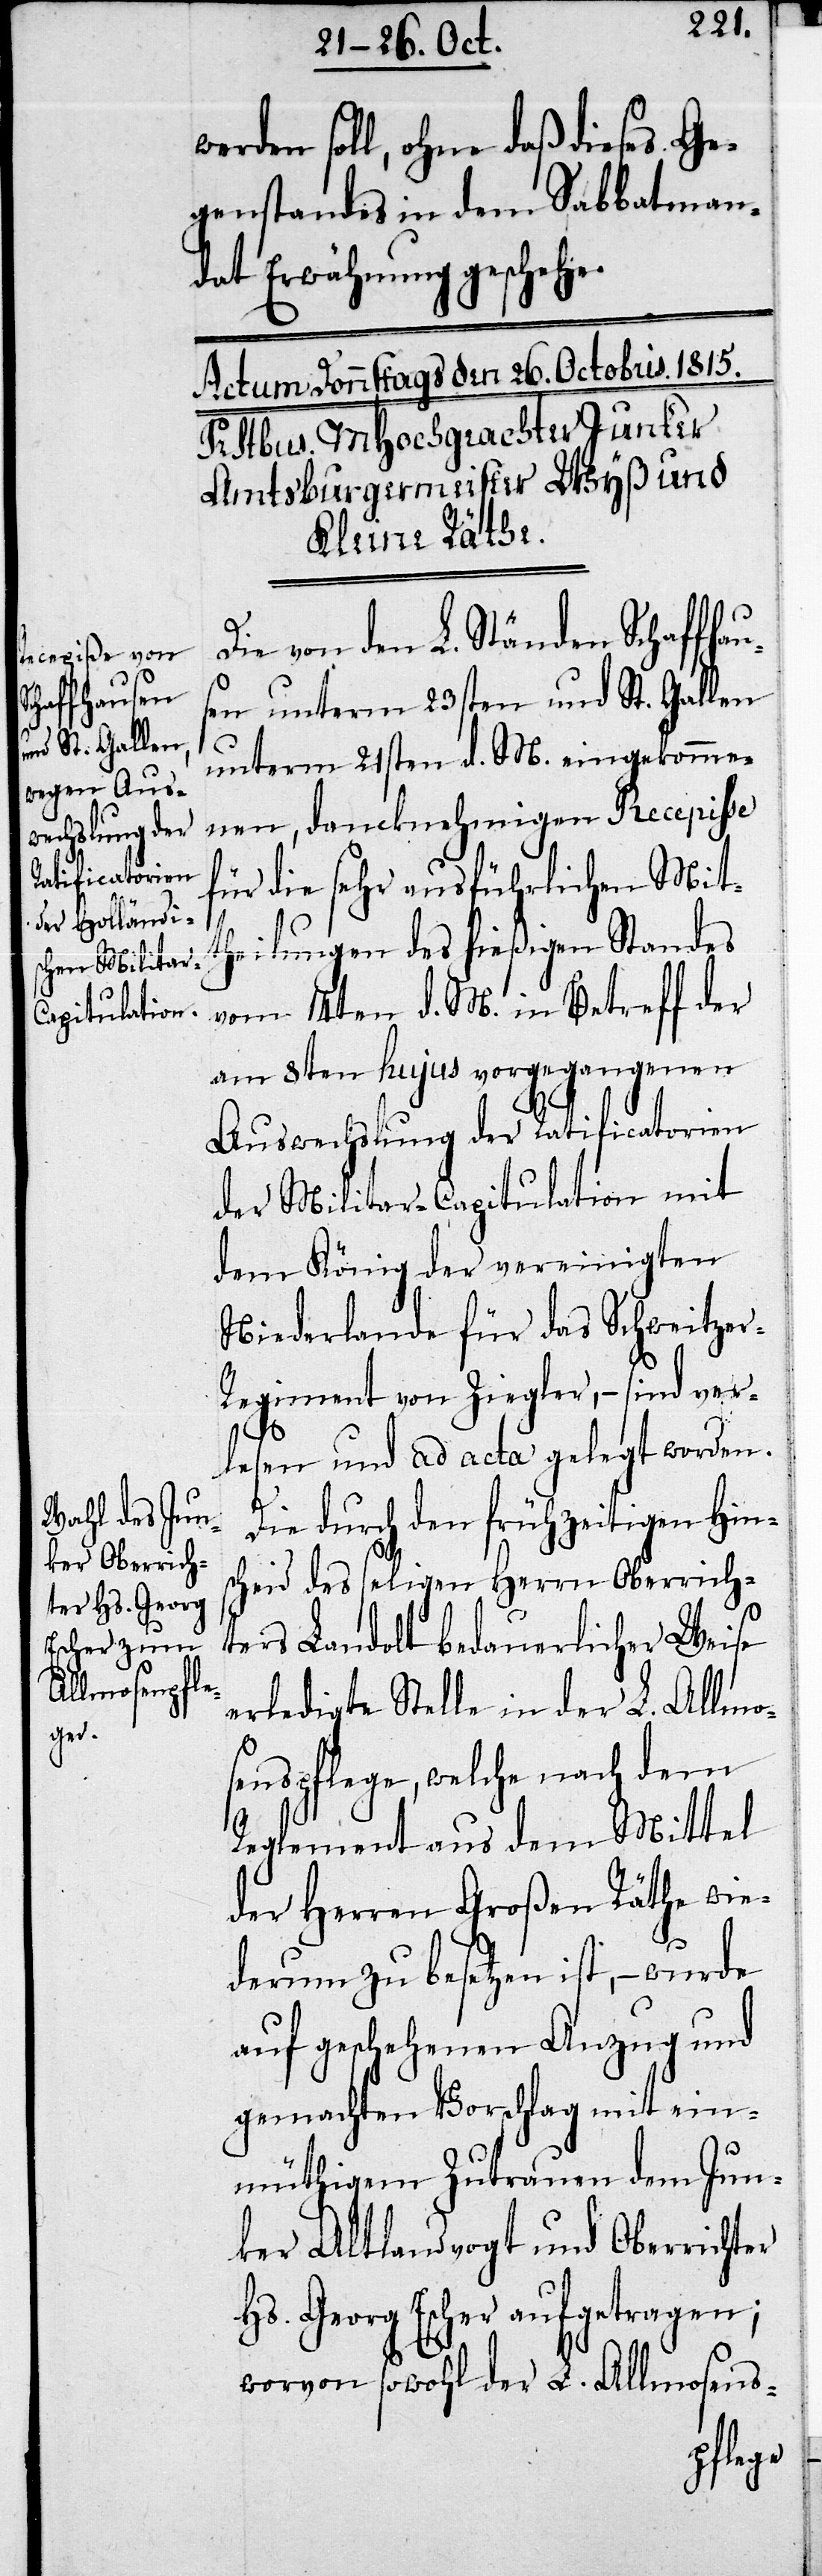
werden soll, ohne daß dieses Ge¬
genstandes in dem Sabbatman¬
dat Erwähnung geschehe.
Die von den Ständen Schaffhau¬
sen unterm 23sten und St. Gallen
unterm 21sten d. M. eingekomme¬
nen, dancknehmigen Recepiße
für die sehr ausführlichen Mitt¬
heilungen des hießigen Standes
vom 14ten d. M. in Betreff der
am 8ten hujus vorgegangenen
Auswechslung der Ratificatorien
der Militar-Captulation mit
dem König der vereinigten
Niederlande für das Schweitze¬
r-Regiment von Ziegler, – sind ver¬
lesen und ad acta gelegt worden.
Die durch den frühzeitigen Hins¬
cheid des seligen Herrn Oberricht¬
ers Landolt bedauerlicher Weise
erledigte Stelle in der L. Allmo¬
senspflege, welche nach dem
Reglement aus dem Mittel
der Herren Großen Räthe wie¬
derum zu besetzen ist, – wurde
auf geschehenen Anzug und
gemachten Vorschlag mit ein¬
müthigem Zutrauen dem Jun¬
ker Altlandvogt und Oberrichter
Hs. Georg Escher aufgetragen;
worvon sowohl der L. Allmosens-